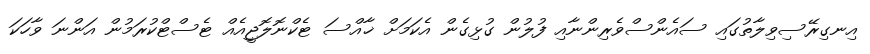
އިނގިރޭސިވިލާތުގައި ސައެންސްވެރިންނާއި ފުލުން ގުޅިގެން އެކަމަށް ޚާއްސަ ޓެކްނޮލޮޖީއެއް ޓެސްޓްކުރަމުން އަންނަ ވާހަކަ